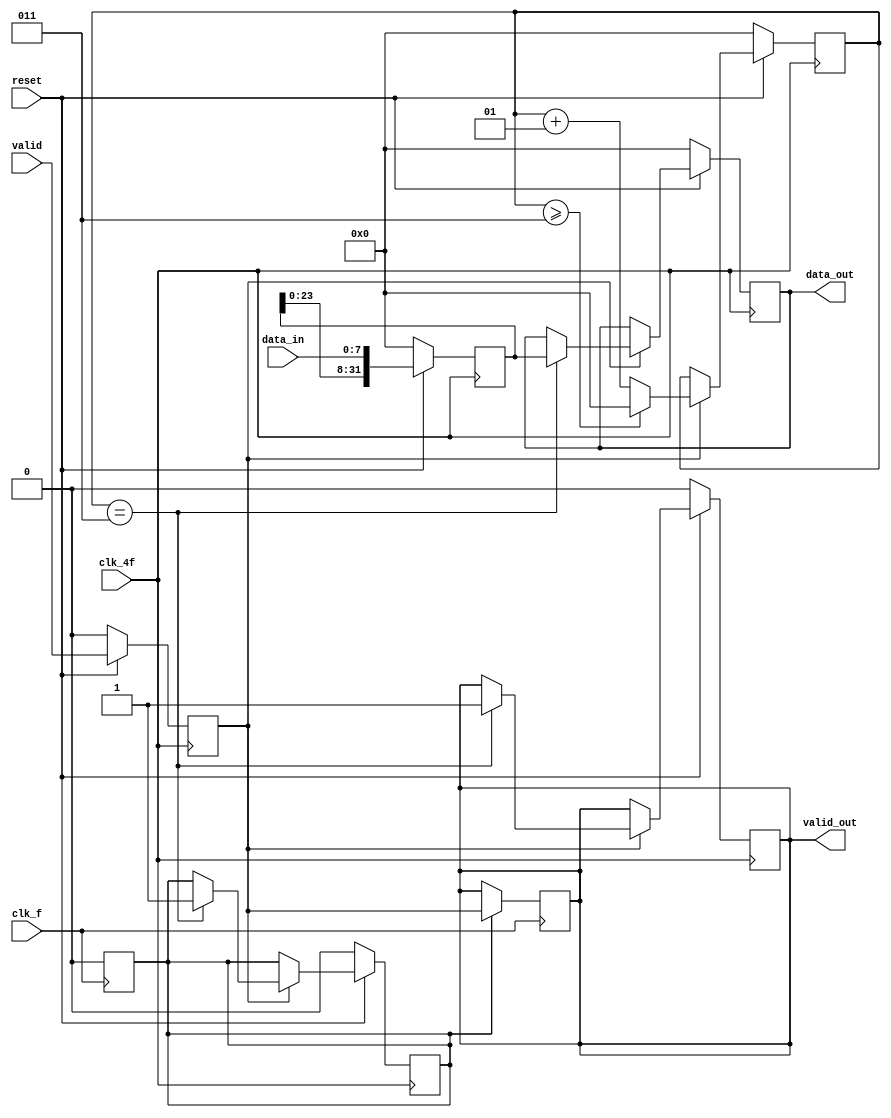
module mux_8_32(input clk_4f,
				input clk_f,
				input [7:0] data_in,
				input valid,
				input reset,
				output reg [31:0] data_out,
				output reg valid_out); // tiene que ser reg para poder ser l-value

	integer contador;			
	reg delay_valid;			// para retrasar el valid
	reg [31:0] buffer;			
	reg [31:0] buffer_out;		
	reg ready;

	always @(posedge clk_4f) begin
		if(reset == 0) begin
			contador  <= 0;
			valid_out <= 0;
			buffer <= 0;
			data_out <= 0;
			delay_valid <= 0;
			ready <= 0;
		end
		else begin
			delay_valid <= valid;					// retraso de valid un ciclo
			buffer <= {buffer[23:0], data_in};		// desplaza
			if(delay_valid) begin
				if (contador == 3) begin
					data_out <= buffer;
					valid_out <= 1;
					ready <= 1;
				end
				contador <= contador + 1;
				if(contador >= 3) begin 
					contador <= 0;
				end
			end
		end
	end

	always @(posedge clk_f) begin
		if(ready == 1) begin
			valid_out <= delay_valid;
			ready <= 0;
		end
	end

endmodule